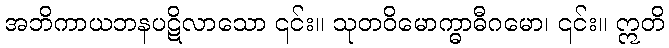
အဘိကာယဘနပဋိလာသော ၎င်း။ သုတဝိမောက္ဓာဓီဂမော၊ ၎င်း။ ဣတိ